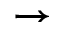
\rightarrow